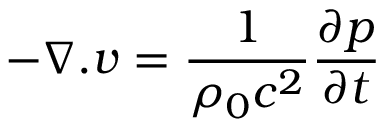
- \boldsymbol { \nabla } . \boldsymbol { v } = \frac { 1 } { \rho _ { 0 } c ^ { 2 } } \frac { \partial p } { \partial t }